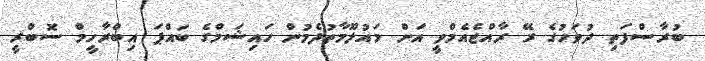
ބުރާސްފަތި ދުވަހުގެ ރޭ ރާއްޖެއެމްވީ އަށް މައުލޫމާތުދެމުން ހައިޝަމްގެ ބައްޕަ އިބްރާހީމް ސޮބްރީ